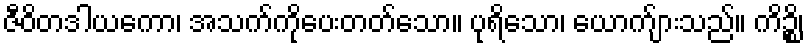
ဇီဝိတဒါယကော၊ အသက်ကိုပေးတတ်သော။ ပုရိသော၊ ယောက်ျားသည်။ ကိဉ္စိ၊